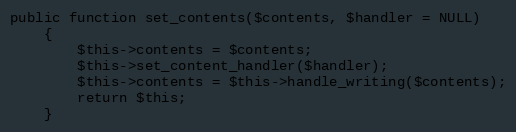
Language: PHP
public function set_contents($contents, $handler = NULL)
	{
		$this->contents = $contents;
		$this->set_content_handler($handler);
		$this->contents = $this->handle_writing($contents);
		return $this;
	}